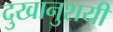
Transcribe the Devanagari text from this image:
दुखानुशयी